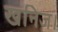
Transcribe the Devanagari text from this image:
खनिज।